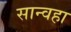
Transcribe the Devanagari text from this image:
सान्वहा